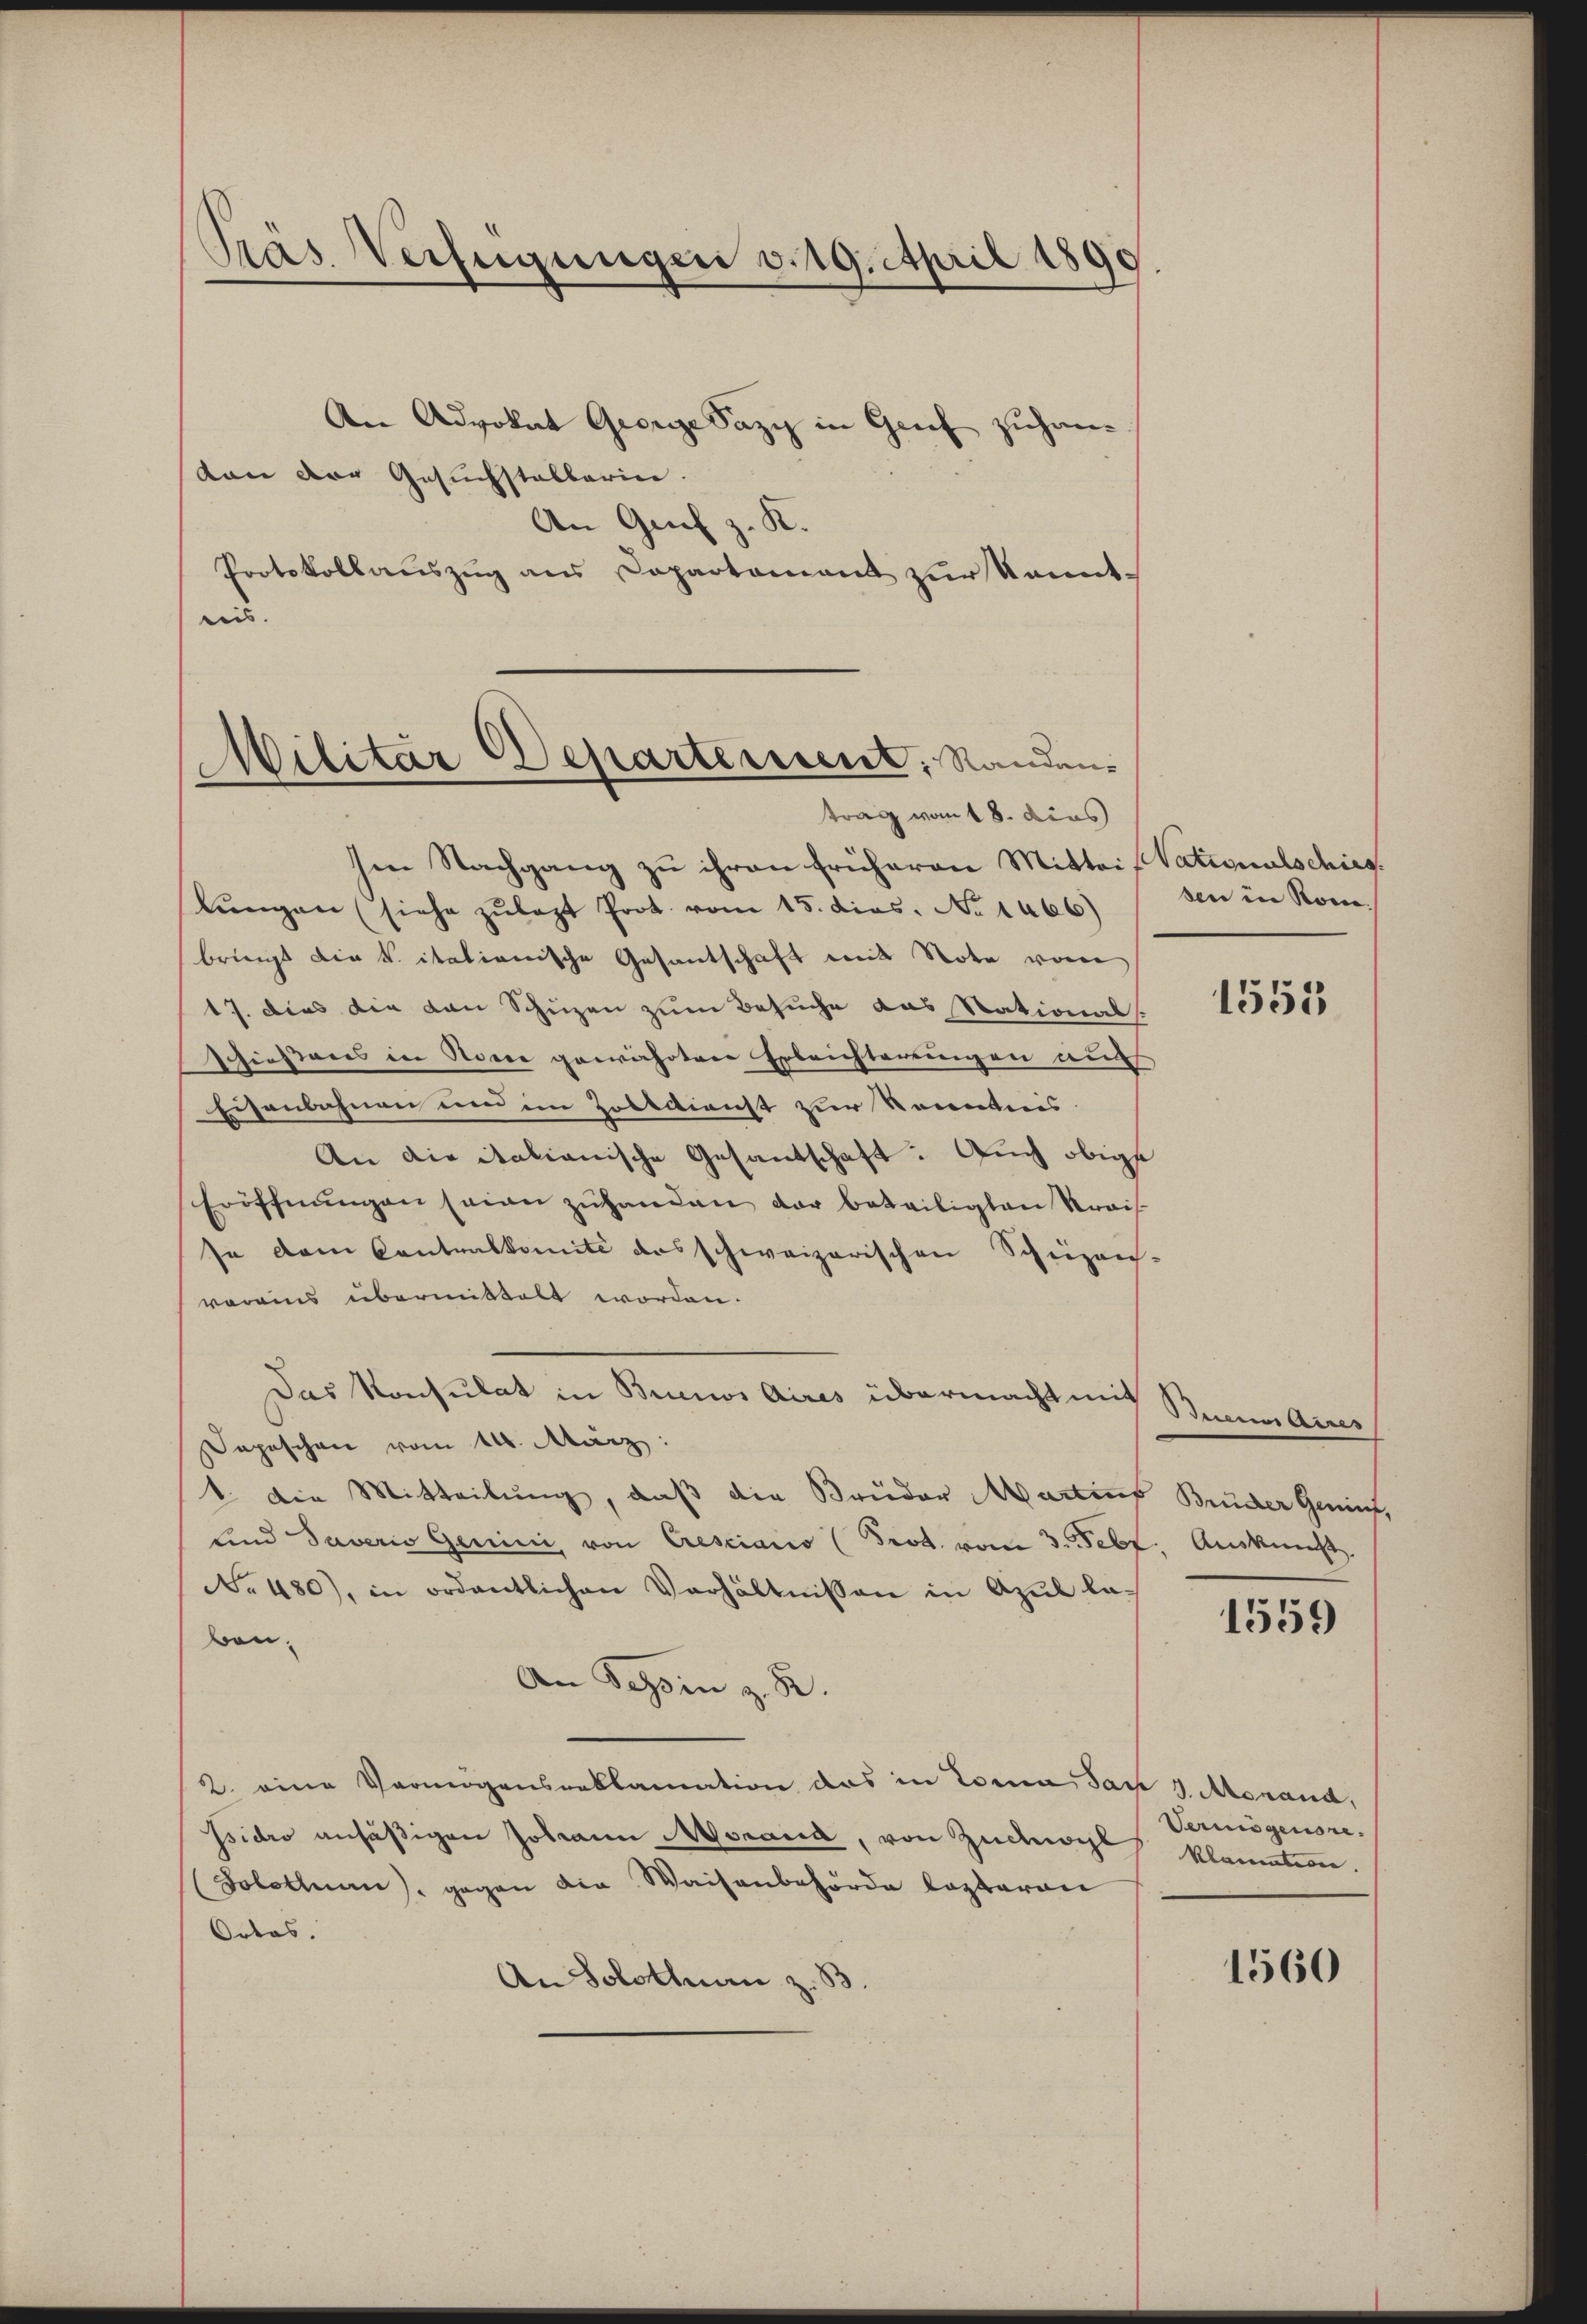
Präs. Verfügungen v. 19. April 1890

An Advokat George Sazy in Grief zuhanvon der Gesuchstelbarin.
An Grif z. K.
Protokollauszug aus Capartament zur Kenntteis.

Militar Departement, Randen
trag vom 18. dies

Ien Nachgang zu ihren früheren Mittei stationalschirg.
lŭngen (siehe zŭlast Prot. vom 15. dies. No 1466)
bringt die k. itationische Gesantschaft mit Note vom
17. dies die von Schüzen zum Besuche das Stationals.
schießenes in Name gewährten Erleichterungen aus
Eisenbahnen und im Zolldienst zur Kenntnis.
An die itationische Gesantschaft: Auch obige
Eröffnŭngen seien zŭhanden der beteiligten Krais
se dem Contralkomité des schweizerischen Schüzen-
vereins übermittelt worden.
Das Konsulat in Brunos Aires übermacht mit
Depeschen vom 14. März:
1. Die Mitteilung, daß die Bruder Martinf Bruder Genief,
und Taverio gerini, von Cresciario (Prot. vom 3. Febr. Auskunft.
No 480), in ordentlichen Verhältnissen in Apŭl la-
beu¬
An Tessin z. B.
2. eine Vermögensreklamation das in Toma San 3 Monand,
ssidio ansäßigen Johann Morand, von Zucogl klamation.
(Solothuan), gegen die Waisenbehörde lezteren
Odeas.
An Solothurn z. B

sen in Sonne.

1553

Dein Aires

1559

Vermögensre¬

1560